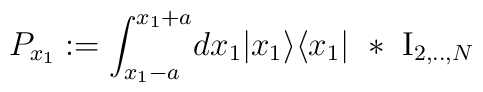
P_{x_1}:= \int_{x_1-a}^{x_1+a} \!  dx_1 |x_1 \rangle \langle x_1| \ * \ {\rm I}_{ 2,..,N}